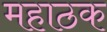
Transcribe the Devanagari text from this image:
महाठक